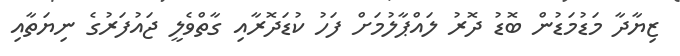
ޒިޔާދާ މަޑުމަޑުން ބޮޑު ދޮރު ލައްޕާލުމަށް ފަހު ކުޑަދޮރާއި ގާތްވެލީ ޖައުފަރުގެ ނިޔަތާއި